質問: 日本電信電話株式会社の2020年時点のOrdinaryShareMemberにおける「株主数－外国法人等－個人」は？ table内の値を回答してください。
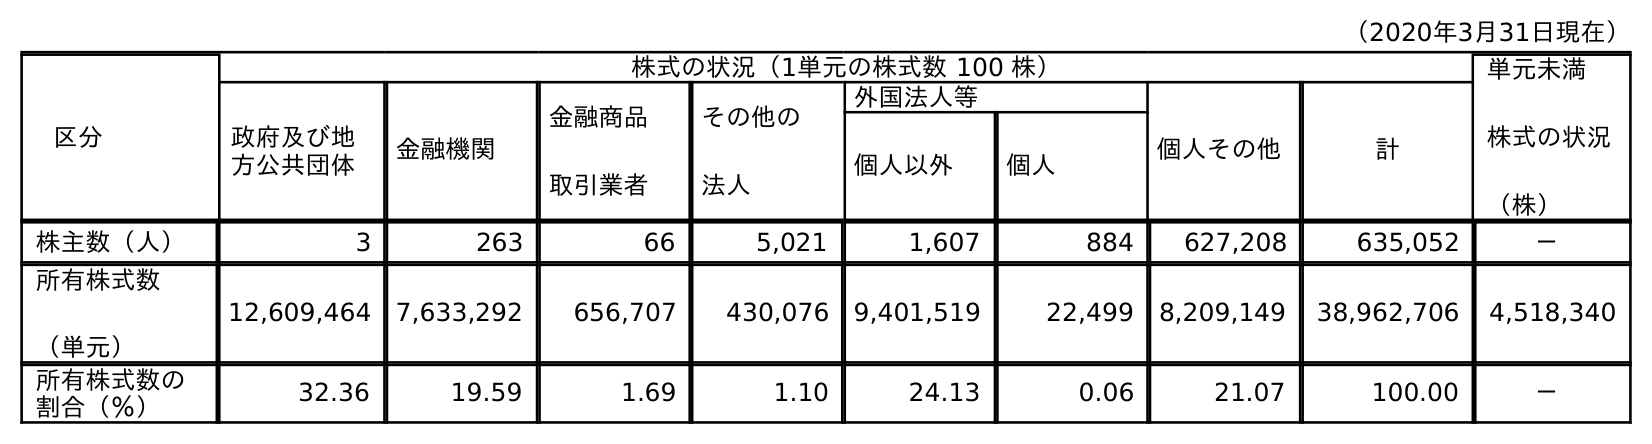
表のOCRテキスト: （2020年3月31日現在） 区分 株式の状況（1単元の株式数 100 株） 単元未満 株式の状況 （株） 政府及び地 方公共団体 金融機関 金融商品 取引業者 その他の 法人 外国法人等 個人その他 計 個人以外 個人 株主数（人） 3 263 66 5,021 1,607 884 627,208 635,052 － 所有株式数 （単元） 12,609,464 7,633,292 656,707 430,076 9,401,519 22,499 8,209,149 38,962,706 4,518,340 所有株式数の 割合（％） 32.36 19.59 1.69 1.10 24.13 0.06 21.07 100.00 －
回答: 884